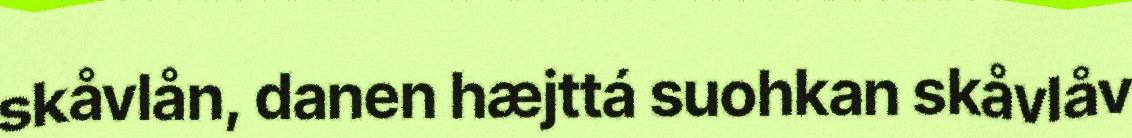
skåvlån, danen hæjttá suohkan skåvlåv